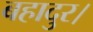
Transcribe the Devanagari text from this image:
बहादुर।